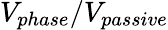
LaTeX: V_{phase}/V_{passive}